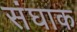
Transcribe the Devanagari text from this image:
संघाक